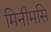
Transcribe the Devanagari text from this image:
मिनीमसि